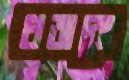
ধরাবো